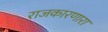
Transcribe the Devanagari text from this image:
राजकारणारा